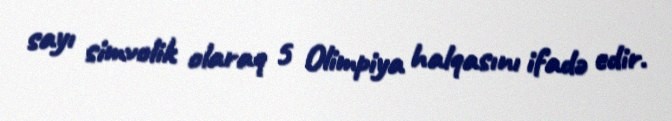
sayı simvolik olaraq 5 Olimpiya halqasını ifadə edir.